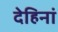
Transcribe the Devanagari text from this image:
देहिनां